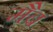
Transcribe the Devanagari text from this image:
मैब